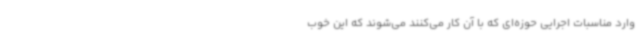
وارد مناسبات اجرایی حوزه‌ای که با آن کار می‌کنند می‌شوند که این خوب